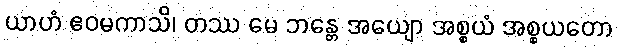
ယာဟံ ဧဝမကာသိ၊ တဿ မေ ဘန္တေ အယျော အစ္စယံ အစ္စယတော